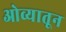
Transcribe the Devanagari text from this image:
ओव्यातून